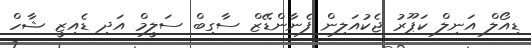
ޑިއޯލް އަނިލް ކަޕޫރު ޖެކުއަލިން ފެނާންޑޭޒް ސާގިބް ސަލީމް އަދި ޑެއިޒީ ޝާހް